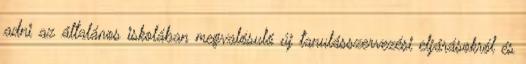
adni az általános iskolában megvalósuló új tanulásszervezési eljárásokról és